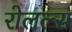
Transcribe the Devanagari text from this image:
रोलल्स